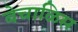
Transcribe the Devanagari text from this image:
बेचाळिस